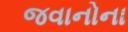
જવાનોના